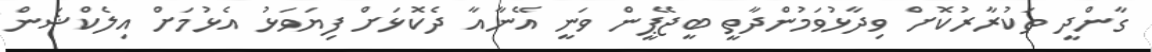
ގާންދީ ތަކުރާރުކޮށް ވިދާޅުވަމުންދާތީ ބީޖޭޕީން ވަނީ އޭނާއާ ދެކޮޅަށް ފިޔަވަޅު އެޅުމަށް އިލެކްޝަން